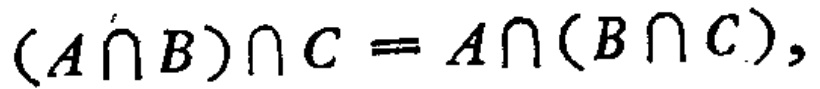
$(A\cap B)\cap C = A\cap (B\cap C),$